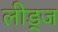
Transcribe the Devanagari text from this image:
लीड्ज